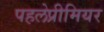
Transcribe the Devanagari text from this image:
पहलेप्रीमियर